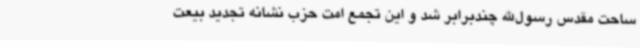
ساحت مقدس رسول‌الله چندبرابر شد و این تجمع امت حزب نشانه تجدید بیعت